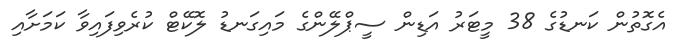
އެގޮތުން ކަނޑުގެ 38 މީޓަރު އަޑިން ސީޕްލޭންގެ މައިގަނޑު ލޮކޭޓް ކުރެވިފައިވާ ކަމަށާއި